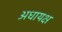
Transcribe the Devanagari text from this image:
अधायक्ष